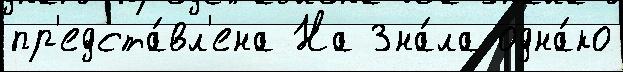
пр'едста́вл'ена На Зна́ла одна́ко